Lunatic asylums Central Provinces reports 1886-1894 - 1886-1894
Year: 1886
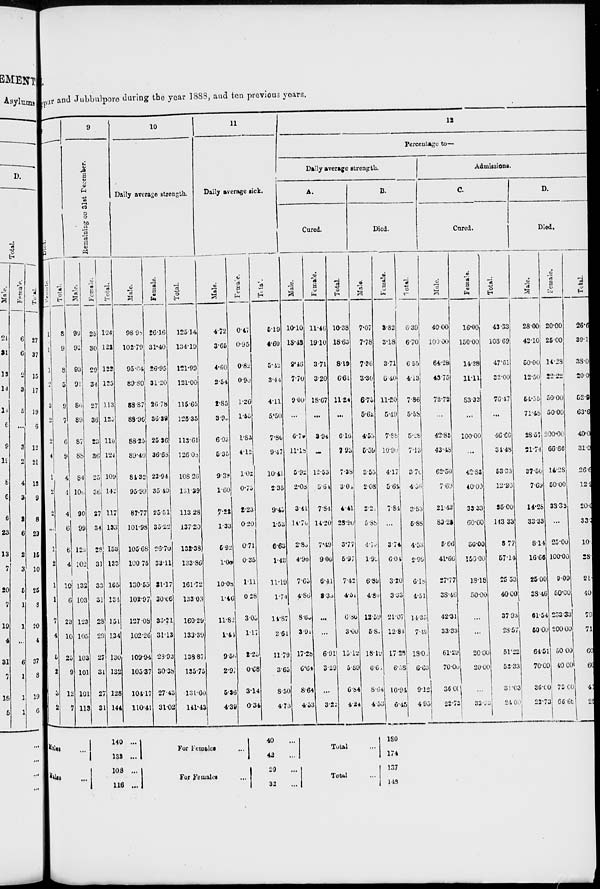
rpur and Jubbulpore during the year 1888, and ten previous years.
Died.
Female.
1
1
1
2
3
2
2
4
1
2
2
...
1
2
1
1
7
4
5
2
3
2
Total.
8
9
8
5
9
7
6
9
4
4
4
6
6
4
10
6
23
10
25
9
12
2
9
Remaining on 31st December.
Male.
99
92
93
91
86
89
87
88
84
106
90
99
125
102
132
103
123
105
102
101
101
112
Female.
25
30
29
34
27
36
23
36
25
36
27
34
28
31
33
31
28
29
27
31
27
31
Males ...
Males ...
Total.
124
122
122
125
113
125
110
124
109
142
117
133
153
133
165
134
151
134
130
132
128
144
10
Daily average strength.
Male.
98.98
102.79
95.04
89.80
88.87
88.96
88.25
89.40
84.32
95.99
87.77
101.98
105.68
100.75
130.55
102.97
127.08
102.26
109.94
105.37
104.17
110.41
Female.
26.16
31.40
26.95
31.20
26.78
36.39
25.36
36.68
23.94
35.40
25.51
35.22
26.70
33.11
31.17
30.06
33.21
31.13
28.93
30.38
27.43
31.02
140 ...
132 ...
108 ...
116 ...
Total.
125.14
134.19
121.99
121.00
115.65
125.35
113.61
126.08
108.26
131.39
113.28
137.20
132.38
133.86
161.72
133.03
160.29
133.39
138.87
135.75
131.60
141.43
11
Daily average sick.
Male.
4.72
3.65
4.60
2.54
2.85
3.95
6.03
5.35
9.39
1.60
7.22
1.33
5.92
1.08
10.08
1.46
11.82
1.44
9.56
2.97
5.26
4.39
Females.
0.47
0.95
0.82
0.90
1.26
1.55
1.82
4.12
1.02
0.75
2.23
0.20
0.71
0.35
1.11
0.28
3.03
1.17
2.23
0.68
3.14
0.34
For Females ...
For Females ...
Total.
5.19
4.60
5.42
3.44
4.11
5.50
7.80
9.47
10.41
2.35
9.45
1.53
6.63
1.43
11.19
1.74
14.87
2.61
11.79
3.65
8.50
4.73
12
Percentage to—
Daily average strength.
A.
Cured.
Male.
10.10
13.48
9.46
7.70
9.00
...
6.72
11.18
5.92
2.08
3.41
14.70
2.88
4.96
7.65
4.86
8.65
3.91
17.28
6.64
8.64
4.53
40 ...
42
...
29 ...
32 ...
Female.
11.46
19.10
3.71
3.20
18.67
...
3.94
...
12.53
5.64
7.84
14.20
7.49
9.06
6.41
8.35
...
...
6.91
3.29
...
3.22
Total.
10.38
18.63
8.19
6.61
11.24
...
6.16
7.93
7.38
3.04
4.41
28.90
3.77
5.97
7.42
4.51
6.86
3.00
15.12
5.89
6.84
4.24
B.
Died.
Male.
7.07
7.78
7.36
3.30
6.75
5.62
4.55
5.59
3.55
2.08
2.23
5.88
4.79
1.93
6.89
4.80
12.59
5.84
18.19
6.6
8.64
4.53
Total ...
Total ...
Female.
3.82
3.18
3.71
6.40
11.20
5.49
7.88
10.90
4.17
5.64
7.81
...
3.74
6.05
3.20
3.33
21.07
12.81
17.28
6.38
10.94
6.45
180
174
137
148
Total.
6.39
6.70
6.55
4.13
7.86
5.58
5.28
7.13
3.70
4.56
3.53
5.88
4.53
2.99
6.18
4.51
14.35
7.49
18.0
6.63
9.12
4.95
Admissions.
C.
Cured.
Male.
40.00
100.00
64.28
43.75
72.72
...
42.85
43.48
62.50
7.69
21.42
83.22
5.66
41.66
27.77
38.46
42.31
33.33
61.29
70.00
36.00
22.73
Female.
16.00
150.00
14.28
11.11
83.33
...
100.00
...
42.85
40.00
33.33
60.00
50.00
150.00
13.18
50.00
...
...
20.00
20.00
...
33.13
Total.
43.33
108.69
47.61
32.00
76.47
...
46.66
34.48
53.33
12.30
35.00
143.33
8.77
57.14
25.53
40.00
37.93
28.57
51.22
53.33
31.03
24.00
D.
Died.
Male.
28.00
42.10
50.00
12.50
54.55
71.48
28.57
21.74
37.50
7.69
14.28
33.33
8.14
16.65
25.00
38.46
61.54
50.00
64.51
70.00
36.00
22.73
Female.
20.00
25.00
14.28
22.22
50.00
50.00
200.00
66.66
14.28
50.00
33.33
...
25.00
100.00
9.09
50.00
233.33
200.00
50.00
40.00
75.00
66.65
Total.
26.6
39.1
38.0
20.0
52.9
63.6
40.0
31.0
26.6
12.9
20.0
33.33
10
28
21
40
79
71
60
60
41
28